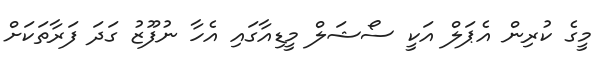
މީގެ ކުރިން އެޕަލް އަކީ ސޯޝަލް މީޑިއާގައި އެހާ ނުފޫޒު ގަދަ ފަރާތަކަށް